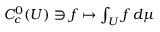
C _ { c } ^ { 0 } ( U ) \ni f \mapsto \textstyle \int _ { U } f \, d \mu